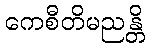
ကေစီတိမညန္တိ